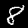
Digit: 8